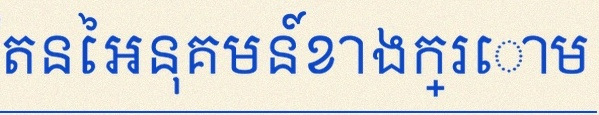
គណនាលីមីតនៃអនុគមន៍ខាងក្រោម